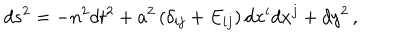
d s ^ { 2 } = - n ^ { 2 } d t ^ { 2 } + a ^ { 2 } \left( \delta _ { i j } + E _ { i j } \right) d x ^ { i } d x ^ { j } + d y ^ { 2 } \, ,